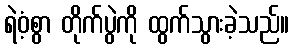
ရဲဝံ့စွာ တိုက်ပွဲကို ထွက်သွားခဲ့သည်။